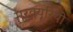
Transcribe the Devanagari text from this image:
मरक्यूरियो